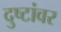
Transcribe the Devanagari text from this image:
दुष्टांवर